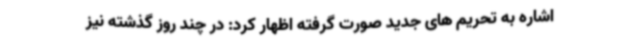
اشاره به تحریم های جدید صورت گرفته اظهار کرد: در چند روز گذشته نیز